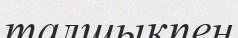
талшықпен